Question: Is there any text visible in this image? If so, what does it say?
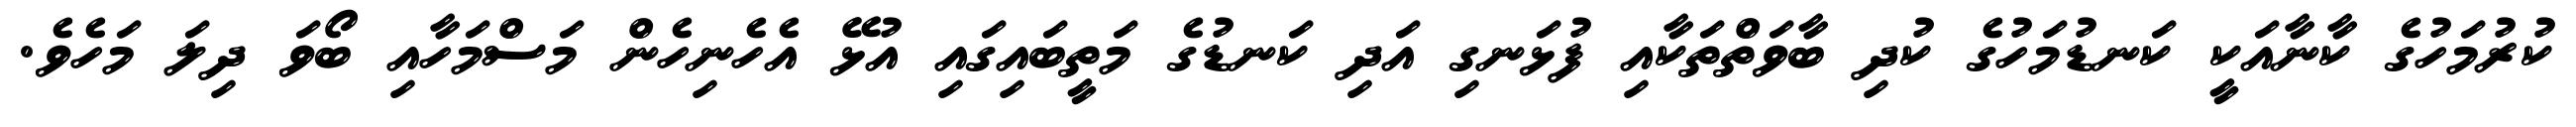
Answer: ކުރުމަހުގެ ކާނާއަކީ ކަނޑުމަހުގެ ކުދި ބާވަތްތަކާއި ފުޅަނގި އަދި ކަނޑުގެ މަތީބައިގައި އުޅޭ އެހެނިހެން މަސްމަހާއި ބޯވަ ދިލަ މަހެވެ.